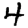
Digit: 4